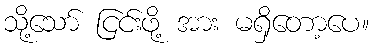
သို့သော် ငြင်းဖို့ အား မရှိတော့ပေ။